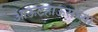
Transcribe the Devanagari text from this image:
आऊटहाऊसच्या